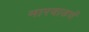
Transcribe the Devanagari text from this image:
मारवाडचें